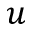
u